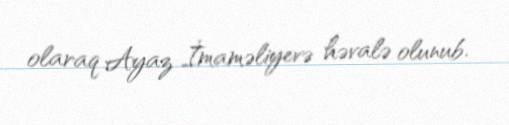
olaraq Ayaz İmaməliyevə həvalə olunub.